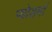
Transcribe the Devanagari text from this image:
प्योडर्मा